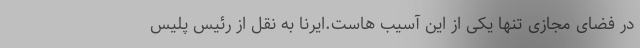
در فضای مجازی تنها یکی از این آسیب هاست.ایرنا به نقل از رئیس پلیس